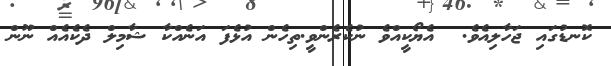
ކޮނޑުގައި ޖަހާލިއެވެ.  އެޔޯކީއްވެ ނުކެރެންވީ.ތިހެން އުޅެފަ އަނެއްކާ ޝާމިލް ދެކެއެއް ނޫން